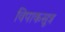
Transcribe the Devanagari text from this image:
विपाकसूत्र